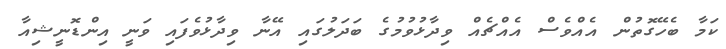
ކަމާ ބެހޭގޮތުން އެއްވެސް އެއްޗެއް ވިދާޅުވުމުގެ ބަދަލުގައި އޭނާ ވިދާޅުވެފައި ވަނީ އިންޑޮނީޝިއާ